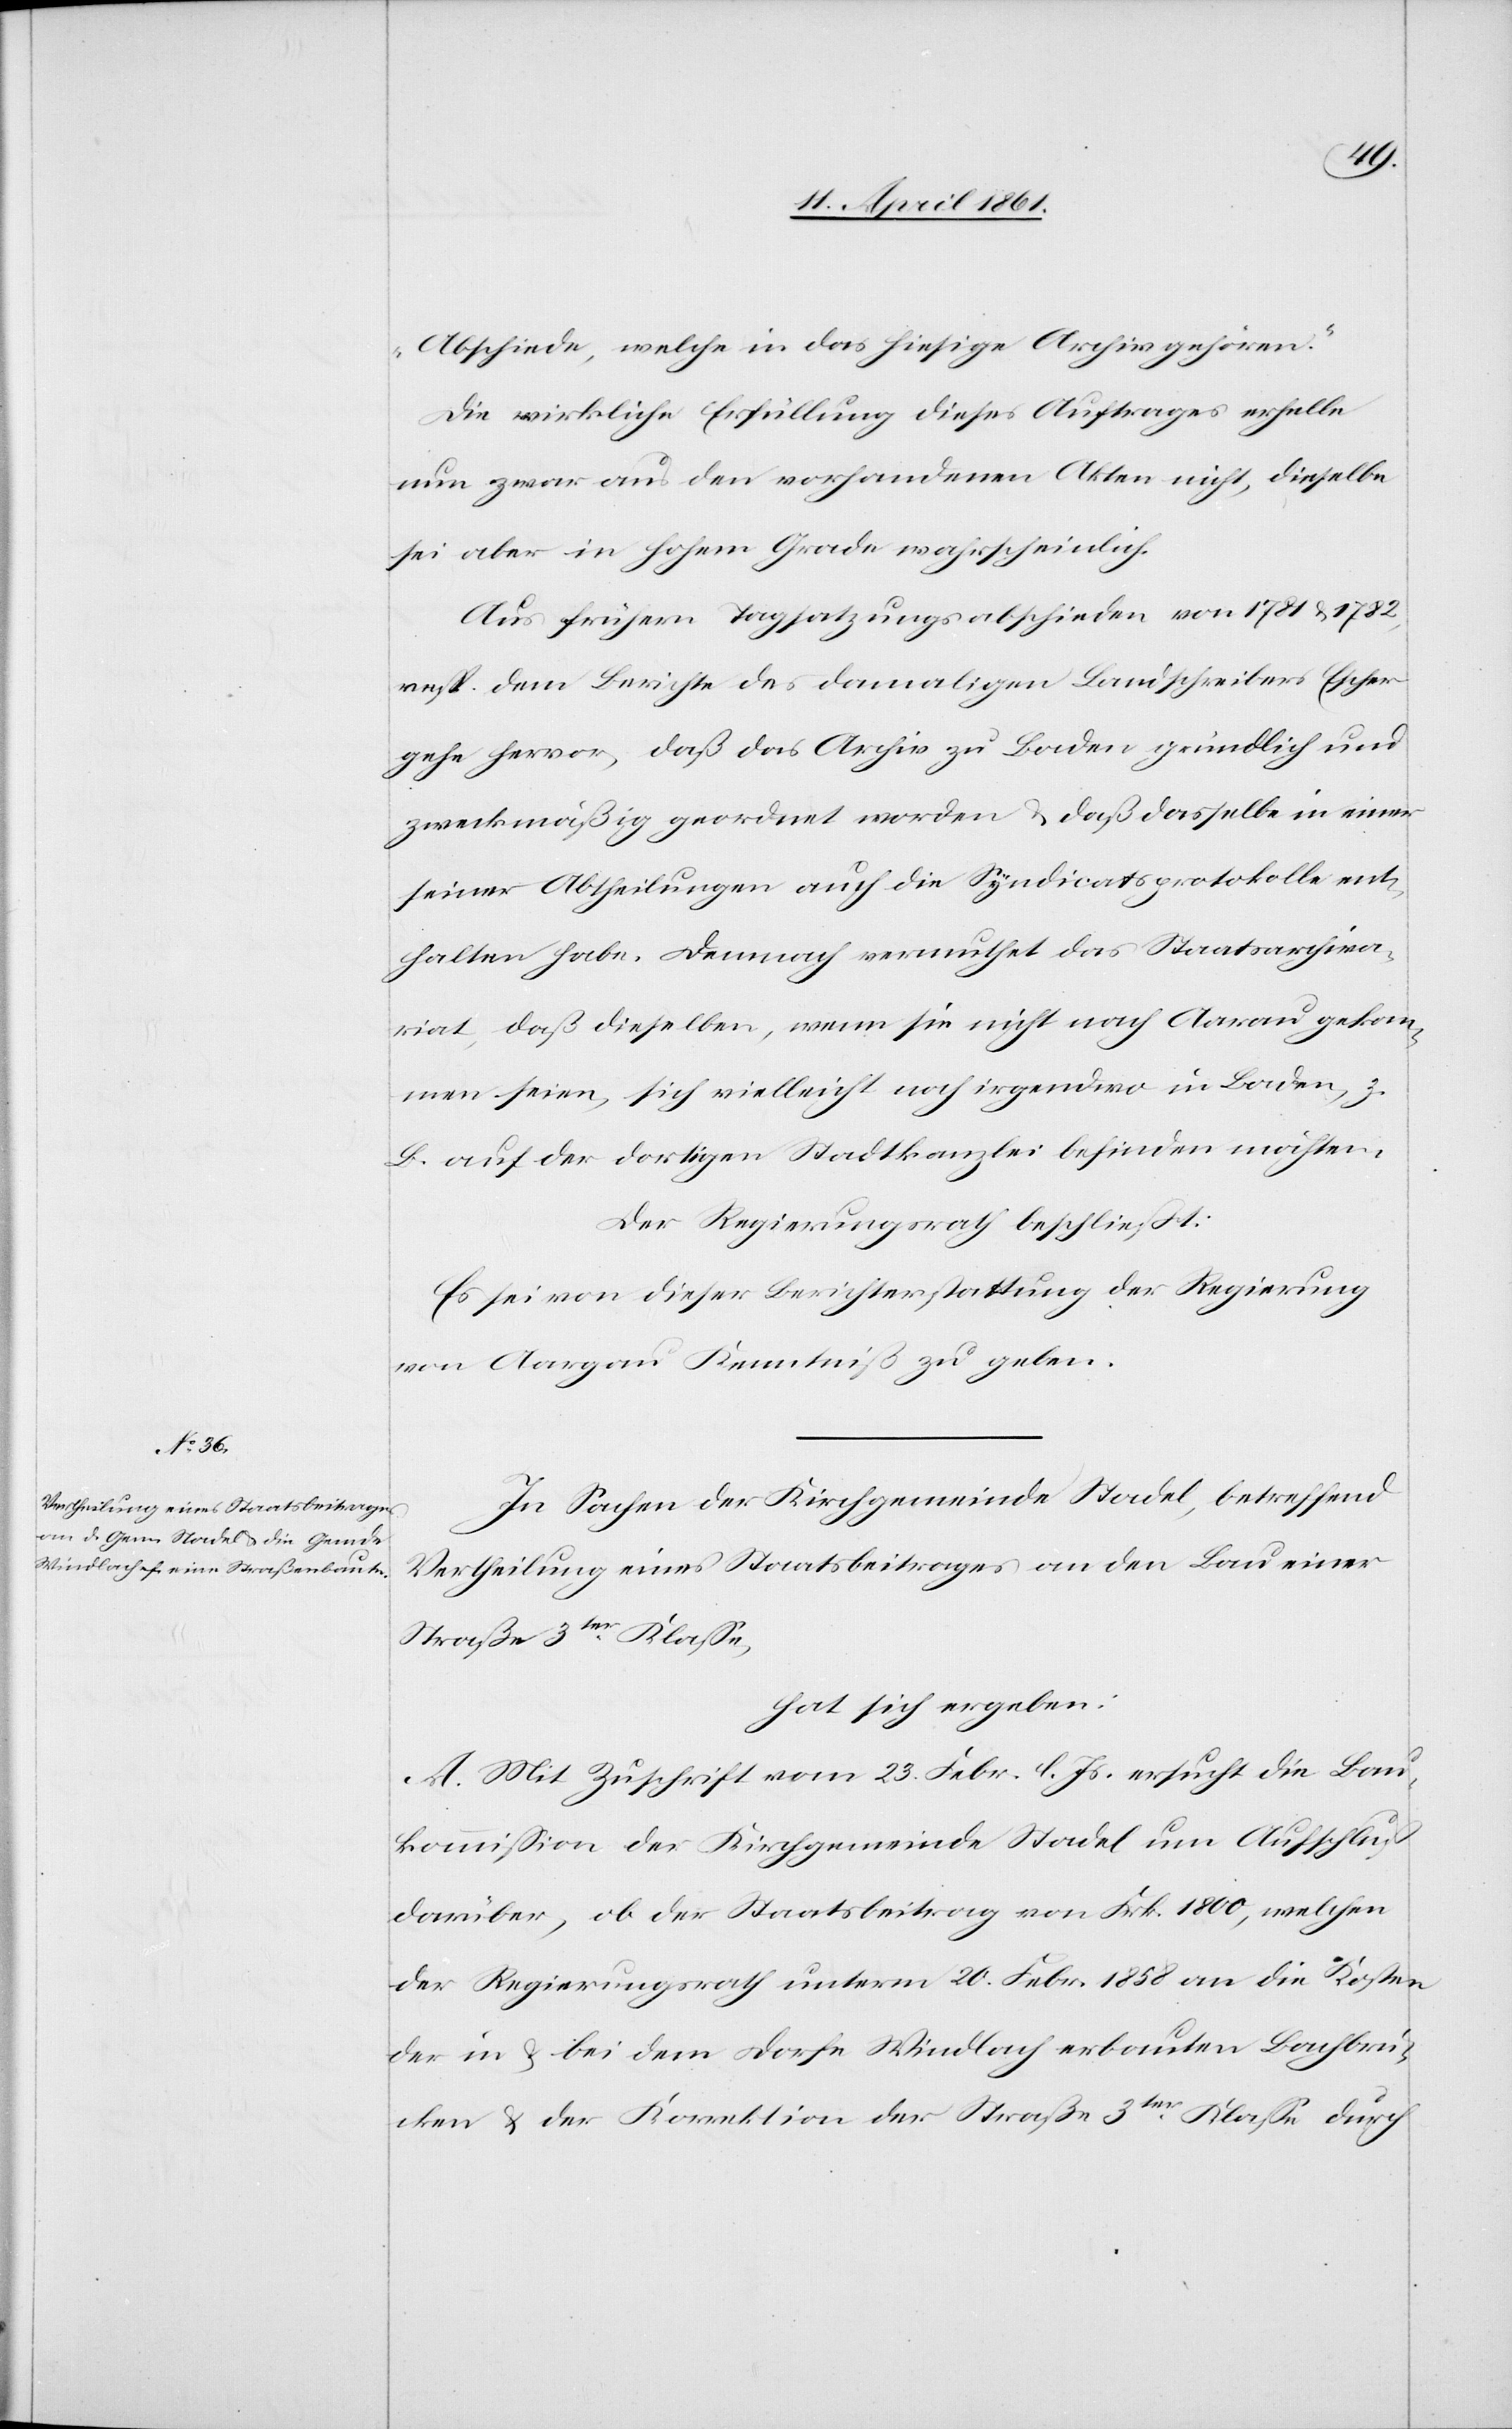
Abschiede, welche in das hiesige Archiv gehören.“
Die wirkliche Erfüllung dieses Auftrages erhelle
nun zwar aus den vorhandenen Akten nicht, dieselbe
sei aber in hohem Grade wahrscheinlich.
Aus frühern Tagsatzungsabschieden von 1781 u. 1782
resp. dem Berichte des damaligen Landschreibers Escher
gehe hervor, daß das Archiv zu Baden gründlich und
zweckmäßig geordnet worden u. daß dasselbe in einer
seiner Abtheilungen auch die Syndicatsprotokolle ent¬
halten habe. Demnach vermuthet das Staatsarchiva¬
riat, daß dieselben, wenn sie nicht nach Aarau gekom¬
men seien, sich vielleicht noch irgendwo in Baden, z.
B. auf der dortigen Stadtkanzlei befinden möchten.
Der Regierungsrath beschließt:
Es sei von dieser Berichterstattung der Regierung
von Aargau Kenntniß zu geben.
In Sachen der Kirchgemeinde Stadel, betreffend
Vertheilung eines Staatsbeitrages an den Bau einer
Straße 3ter Klasse,
hat sich ergeben:
A. Mit Zuschrift vom 23. Febr. l. Js. ersucht die Bau¬
kommission der Kirchgemeinde Stadel um Aufschluß
darüber, ob der Staatsbeitrag von Frk. 1800, welchen
der Regierungsrath unterm 20. Febr. 1858 an die Kosten
der in u. bei dem Dorfe Windlach erbauten Bachbrü¬
cken u. der Korrektion der Straße 3ter Klasse durch